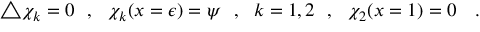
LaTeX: \bigtriangleup \chi _ { k } = 0 ~ ~ , ~ ~ \chi _ { k } ( x = \epsilon ) = \psi ~ ~ , { } ~ ~ k = 1 , 2 ~ ~ , ~ ~ \chi _ { 2 } ( x = 1 ) = 0 ~ ~ ~ .